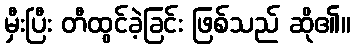
မှီးပြီး တီထွင်ခဲ့ခြင်း ဖြစ်သည် ဆို၏။